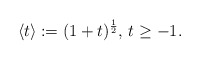
\begin{align*} \langle t\rangle:=(1+t)^{\frac{1}{2}},\,t\geq -1.\end{align*}